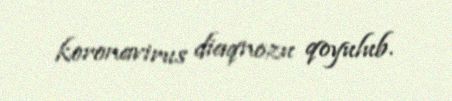
koronavirus diaqnozu qoyulub.